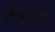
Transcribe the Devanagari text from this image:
टेंभली